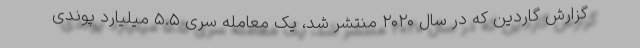
گزارش گاردین که در سال ۲۰۲۰ منتشر شد، یک معامله سری ۵.۵ میلیارد پوندی